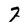
Character: 7